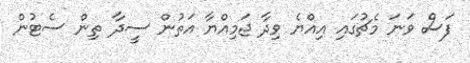
ފަސް ވަނަ މެޗުގައި އިއްޔެ ވިދާ ޖަމިއްޔާ އަތުން ސީދާ ތިން ސެޓުން